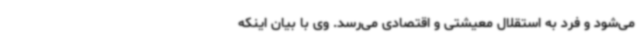
می‌شود و فرد به استقلال معیشتی و اقتصادی می‌رسد. وی با بیان اینکه